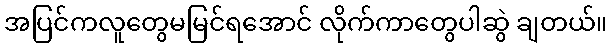
အပြင်ကလူတွေမမြင်ရအောင် လိုက်ကာတွေပါဆွဲ ချတယ်။